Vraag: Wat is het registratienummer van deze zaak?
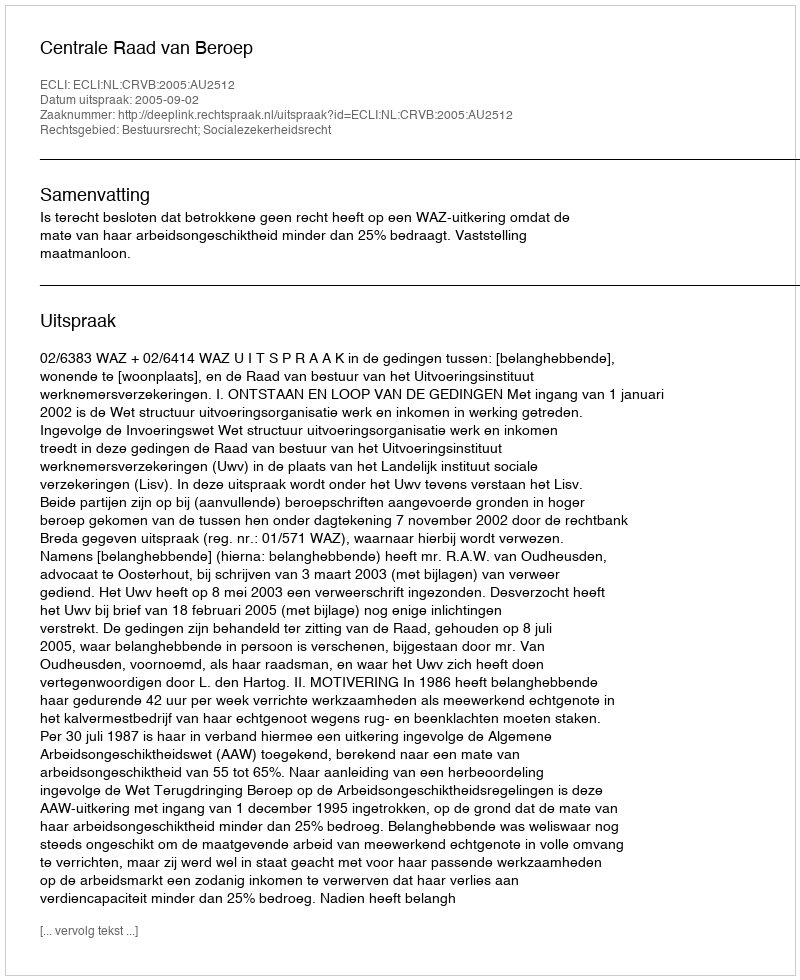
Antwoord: http://deeplink.rechtspraak.nl/uitspraak?id=ECLI:NL:CRVB:2005:AU2512